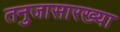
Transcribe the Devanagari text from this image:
तनुजासारख्या